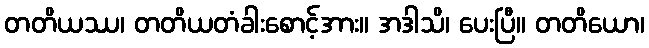
တတိယဿ၊ တတိယတံခါးစောင့်အား။ အဒါသိ၊ ပေးပြီ။ တတိယော၊